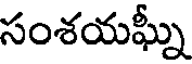
సంశయఘ్నీ